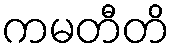
ကမတီတိ